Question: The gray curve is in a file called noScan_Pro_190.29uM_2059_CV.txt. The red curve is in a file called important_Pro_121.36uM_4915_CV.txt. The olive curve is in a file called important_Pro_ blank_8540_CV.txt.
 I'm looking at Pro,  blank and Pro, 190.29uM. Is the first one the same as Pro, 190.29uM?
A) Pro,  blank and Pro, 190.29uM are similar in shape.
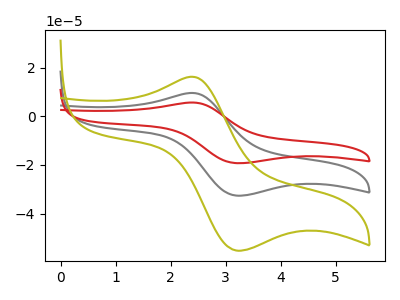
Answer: <think>The gray curve "Pro, 190.29uM" has an anodic peak at (2.40V, 9.60uA) and a cathodic peak at (3.20V, -32.60uA). The red curve "Pro, 121.36uM" has an anodic peak at (2.40V, 19.20uA) and a cathodic peak at (3.20V, -65.25uA). The olive curve "Pro,  blank" has an anodic peak at (2.40V, 16.25uA) and a cathodic peak at (3.20V, -55.25uA).
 All the peaks in "Pro,  blank" have a peak in "Pro, 190.29uM" at the same potential. Every peak in "Pro,  blank" is higher than every peak in "Pro, 190.29uM".</think>
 <answer>A) "Pro,  blank" and "Pro, 190.29uM" are similar in shape.</answer>
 <eval>A</eval>